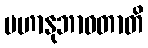
မဟာနုဘာဝတာတိ